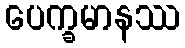
ပေက္ခမာနဿ